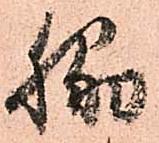
脇